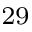
_ { 2 9 }